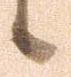
候